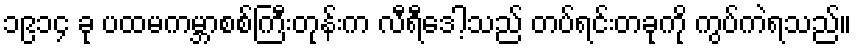
၁၉၁၄ ခု ပထမကမ္ဘာစစ်ကြီးတုန်းက လီရီဒေါ့သည် တပ်ရင်းတခုကို ကွပ်ကဲရသည်။